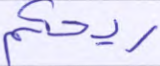
ريحكم